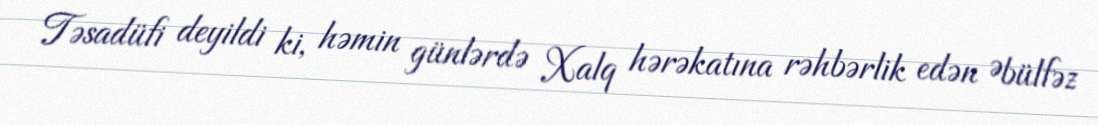
Təsadüfi deyildi ki, həmin günlərdə Xalq hərəkatına rəhbərlik edən Əbülfəz